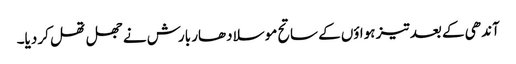
آندھی کے بعد تیز ہواؤں کے ساتح موسلا دھار بارش نے جھل تھل کر دیا۔